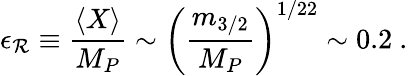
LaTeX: \epsilon_{\cal R}\equiv\frac{\langle X\rangle}{M_{P}}\sim\left(\frac{m_{3/2}}{M_{P}}\right)^{1/22}\sim 0.2~.